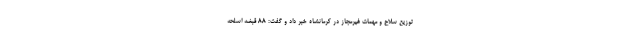
توزیع سلاح و مهمات غیرمجاز در کرمانشاه خبر داد و گفت: ۸۸ قبضه اسلحه